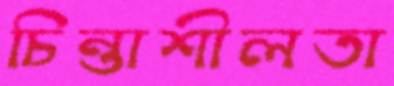
চিন্তাশীলতা